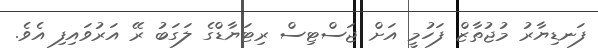
ފަނޑިޔާރު މުޖުތާޒް ފަހުމީ އަށް ޖަސްޓިސް ރިޓަޔާޑްގެ ލަގަބު ރޭ އަރުވައިފި އެވެ.